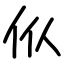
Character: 㐺